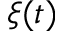
\xi ( t )